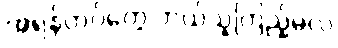
အရန်တပ်တွေ ဘယ်သူကြည့်မလဲ